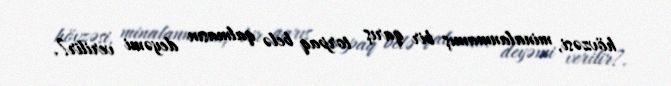
hövzəsi, minalanmamış bir qarış torpaq belə qalmasın deyəmi verilir?.